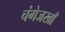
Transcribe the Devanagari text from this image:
चंगेजखाँ